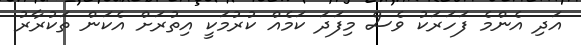
އަދި އެންމެ ފަހަރަކު ވެސް މިފަދަ ކަމެއް ކުރުމަކީ އިތުރަށް އެކަން ތަކުރާރު